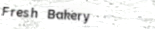
Fresh Bakery